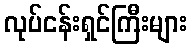
လုပ်ငန်းရှင်ကြီးများ